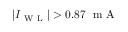
| I _ { \mathrm { ~ W ~ L ~ } } | > 0 . 8 7 ~ \mathrm { ~ m ~ A ~ }